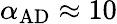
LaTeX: \alpha_{\mathrm{AD}}\approx 10